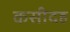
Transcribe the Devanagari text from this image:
कसीदह